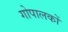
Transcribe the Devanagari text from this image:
गोपालकों